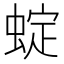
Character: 蝊